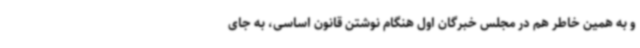
و به همین خاطر هم در مجلس خبرگان اول هنگام نوشتن قانون اساسی، به جای